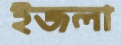
ইজলা